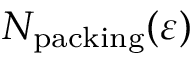
N _ { \mathrm { { p a c k i n g } } } ( \varepsilon )